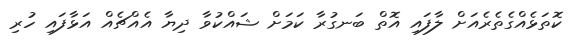
ކޮތަޅެއްގެތެރެއަށް ލާފައި އޮތް ބަނގުރާ ކަމަށް ޝައްކުވާ ދިޔާ އެއްޗެއް އަޅާފައި ހުރި